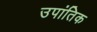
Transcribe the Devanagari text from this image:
उपांतिक